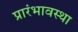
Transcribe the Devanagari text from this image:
प्रारंभावस्था